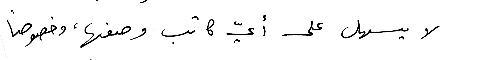
لا يسهل على أيّ كاتب وصفها، وخصوصاً